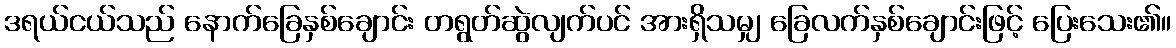
ဒရယ်ငယ်သည် နောက်ခြေနှစ်ချောင်း တရွတ်ဆွဲလျက်ပင် အားရှိသမျှ ခြေလက်နှစ်ချောင်းဖြင့် ပြေးသေး၏။